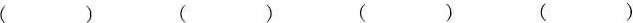
（） （） （） （）